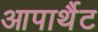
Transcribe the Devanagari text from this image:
आपार्थैट